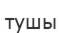
тушы